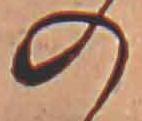
の